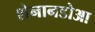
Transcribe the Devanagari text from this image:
शेनानडोआ